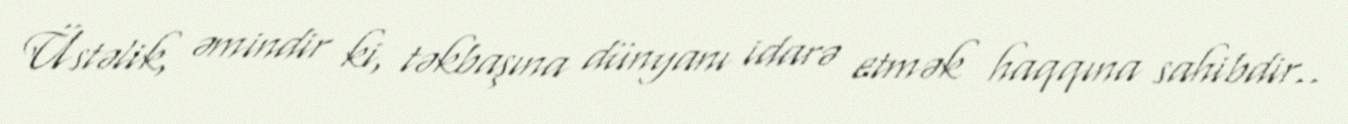
Üstəlik, əmindir ki, təkbaşına dünyanı idarə etmək haqqına sahibdir..